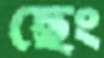
ছেং